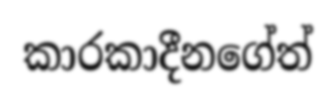
කාරකාදීනගේත්